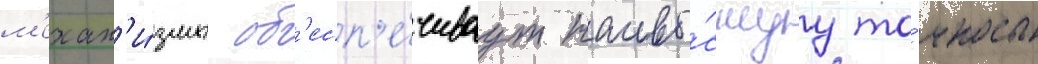
м'ехан'и́змы об'есп'е́чиваут наивы́сшуу то́чность